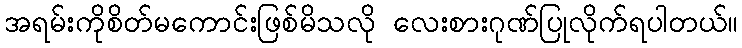
အရမ်းကိုစိတ်မကောင်းဖြစ်မိသလို လေးစားဂုဏ်ပြုလိုက်ရပါတယ်။